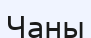
Чаны